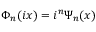
\Phi _ { n } ( i x ) = i ^ { n } \Psi _ { n } ( x )